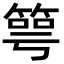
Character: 𥯳